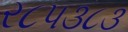
ર૮પ૩૮૩